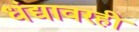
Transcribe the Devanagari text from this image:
धंद्यावरही